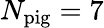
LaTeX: N_{\mathrm{pig}}=7